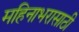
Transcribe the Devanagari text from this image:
महिनाभरासाठी